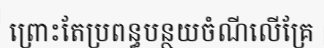
ព្រោះតែប្រពន្ធបន្ថយចំណីលើគ្រែ